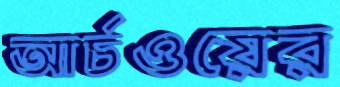
আর্চওয়ের